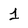
Character: 1